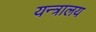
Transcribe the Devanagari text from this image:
यन्त्रालय